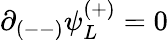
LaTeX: \partial_{(--)}\psi_{L}^{(+)}=0